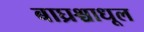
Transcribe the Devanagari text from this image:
बाघ्रश्चाधूल